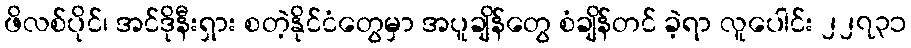
ဖိလစ်ပိုင်၊ အင်ဒိုနီးရှား စတဲ့နိုင်ငံတွေမှာ အပူချိန်တွေ စံချိန်တင် ခဲ့ရာ လူပေါင်း ၂၂၇၃၁